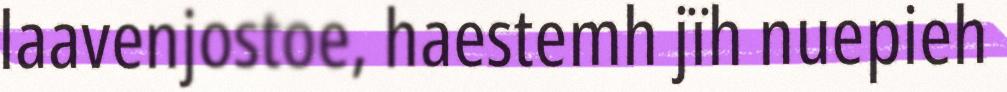
laavenjostoe, haestemh jïh nuepieh